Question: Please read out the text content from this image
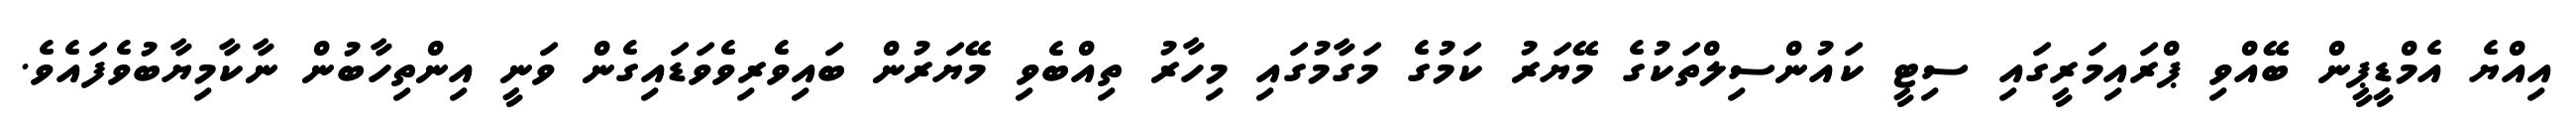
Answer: އިއްޔެ އެމްޑީޕީން ބޭއްވި ޕްރައިމަރީގައި ސިޓީ ކައުންސިލްތަކުގެ މޭޔަރު ކަމުގެ މަގާމުގައި މިހާރު ތިއްބެވި މޭޔަރުން ބައިވެރިވެވަޑައިގެން ވަނީ އިންތިހާބުން ނާކާމިޔާބުވެފައެވެ.